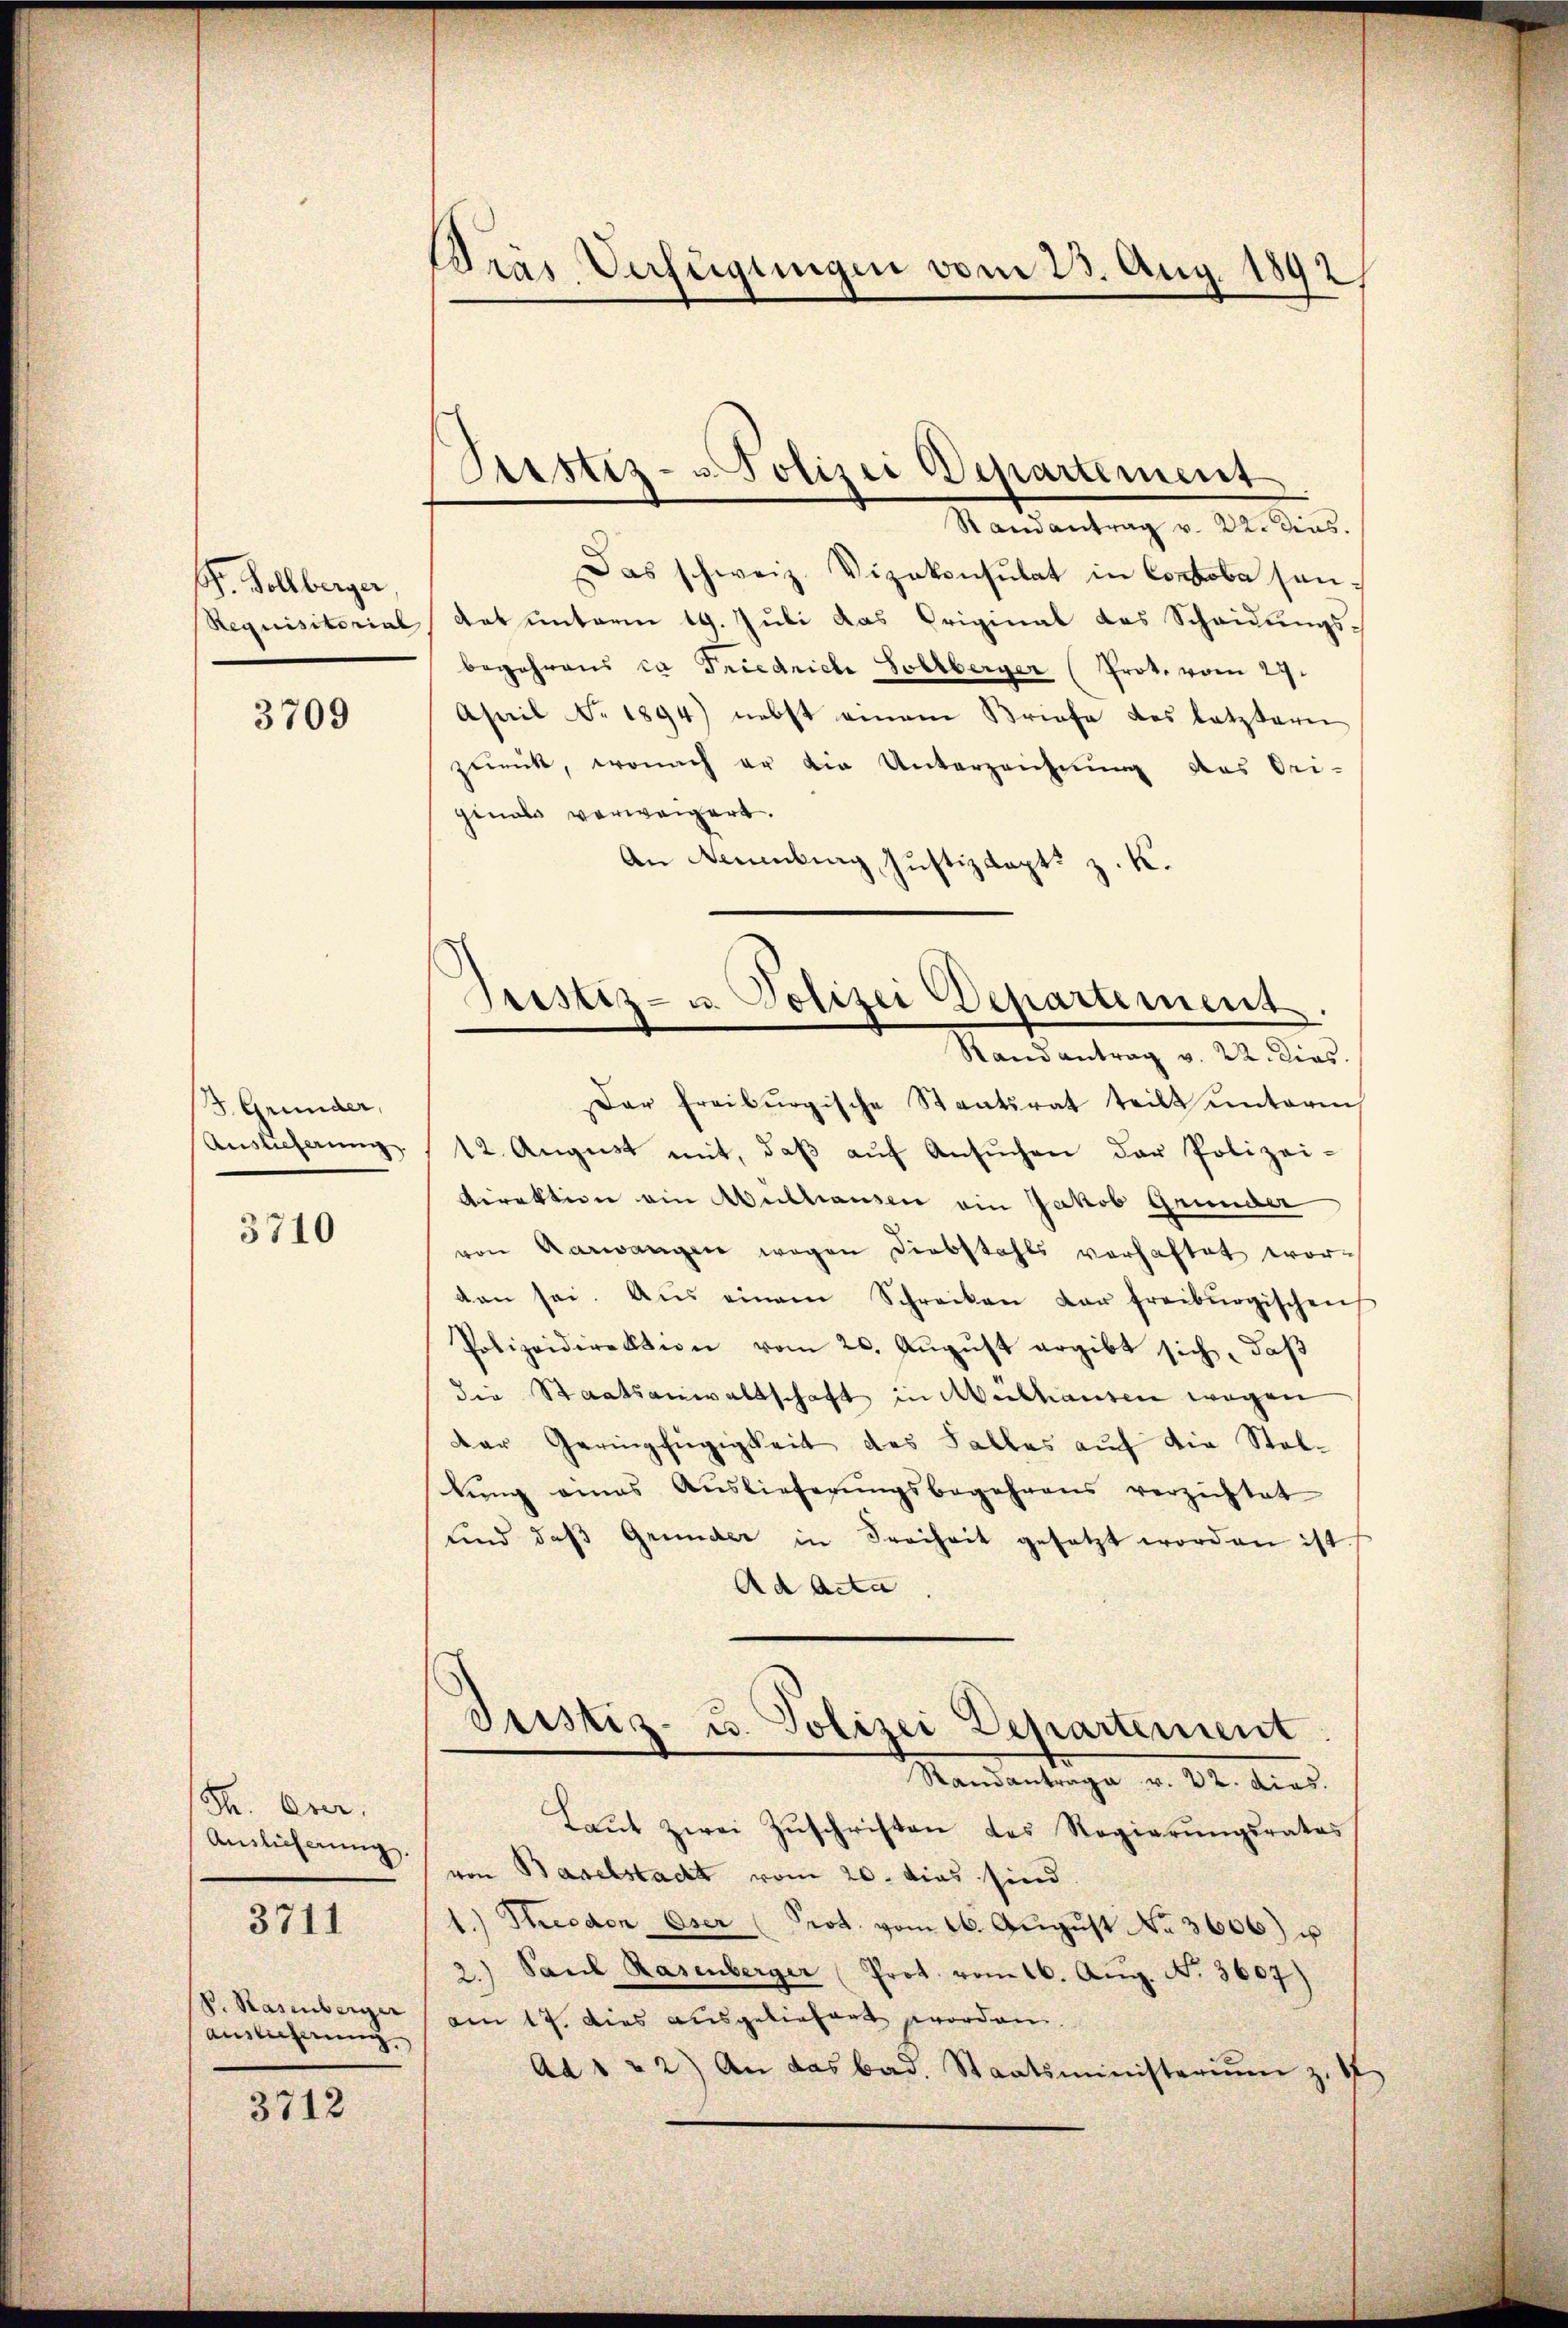
. Kollberger,

3709

J. Grunder,
Auslieferung

3710

S. Ever.
Auslieferung.
S. Rasenberger
Auslicherung

3711

3712

Bräs Verfügungen vom 23. Aug. 1892/

Randantrag v. 22. dies
Das schweiz. Vizekonsulat in Contobe sen¬
Requisitorial Rat unterm 19. Juli das Original des Scheidungsbegehrens ca Friedriche Sollberger (Prot. vom 29.
Asnil No. 1894) nebst einem Briefe des letztern
zurück, wonach er die Unterzeichnung des Ori-
ginals verweigert.
An Neuenburg, Justizdept: z. K.
Dar Freiburgische Staatsrat teilt unterm
12. August mit, daβ aŭf Ansŭchen der Polizei-
Direktion ein Auslausen ein Jakob Grunder
von Aarwangen wegen Diebstahls verhaftet wordan sei. Aus einem Schreiben der freiburgischen
Polizeidirektion vom 20. August ergibt sich, daß
die Staatsanwaltschaft in Mülhausen wegen
der Geringfügigkeit des Falles auf die Steltung eines Auslieferungsbegehrens verzichtet
und das Grunder in Freiheit gesetzt worden ist
Ad Acta.
Justiz- u. Polizei Departement
Standantrage v. 22. dies.
Laut zwei Zuschriften des Regierungsrates
von Baselstacht vom 20. dies sind.
1.) Seeden Oser (Prot. vom 26. Aŭgŭst No. 3606) u
2.) Paul Rasenberger Prot. vom 16. Aug. N. 3607)
am 17. Dies ausgeliefert geworden.
Ad 1 & 2) An das bad. Staatsministeriŭm z. St

Prstiz-Polizei Departement

Tristiz- u. Polizei Departement.
Randantrag v. 22. dies